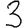
Digit: 3